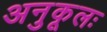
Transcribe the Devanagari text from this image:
अनुकूलः